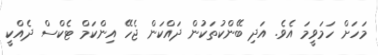
މަހަށް ހަމަވީމަ އެވެ. އަދި ބޭންކުތަކުން ދައްކަން ޖެހޭ އިންކަމް ޓެކްސް ދެއްކީ